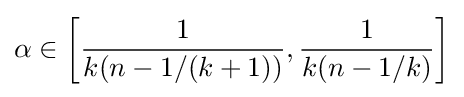
\alpha \in \left[{\frac {1}{k(n-1/(k+1))}},{\frac {1}{k(n-1/k)}}\right]